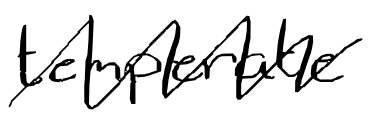
Text: temperate
Cross-out: zig-zag
Writing tool: digital_black